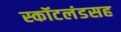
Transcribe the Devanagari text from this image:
स्कॉटलंडसह